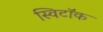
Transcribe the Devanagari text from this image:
स्विटॉक